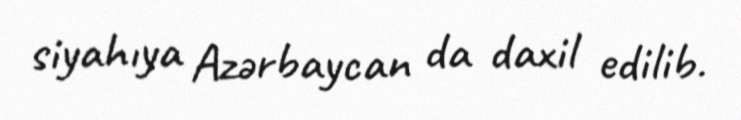
siyahıya Azərbaycan da daxil edilib.